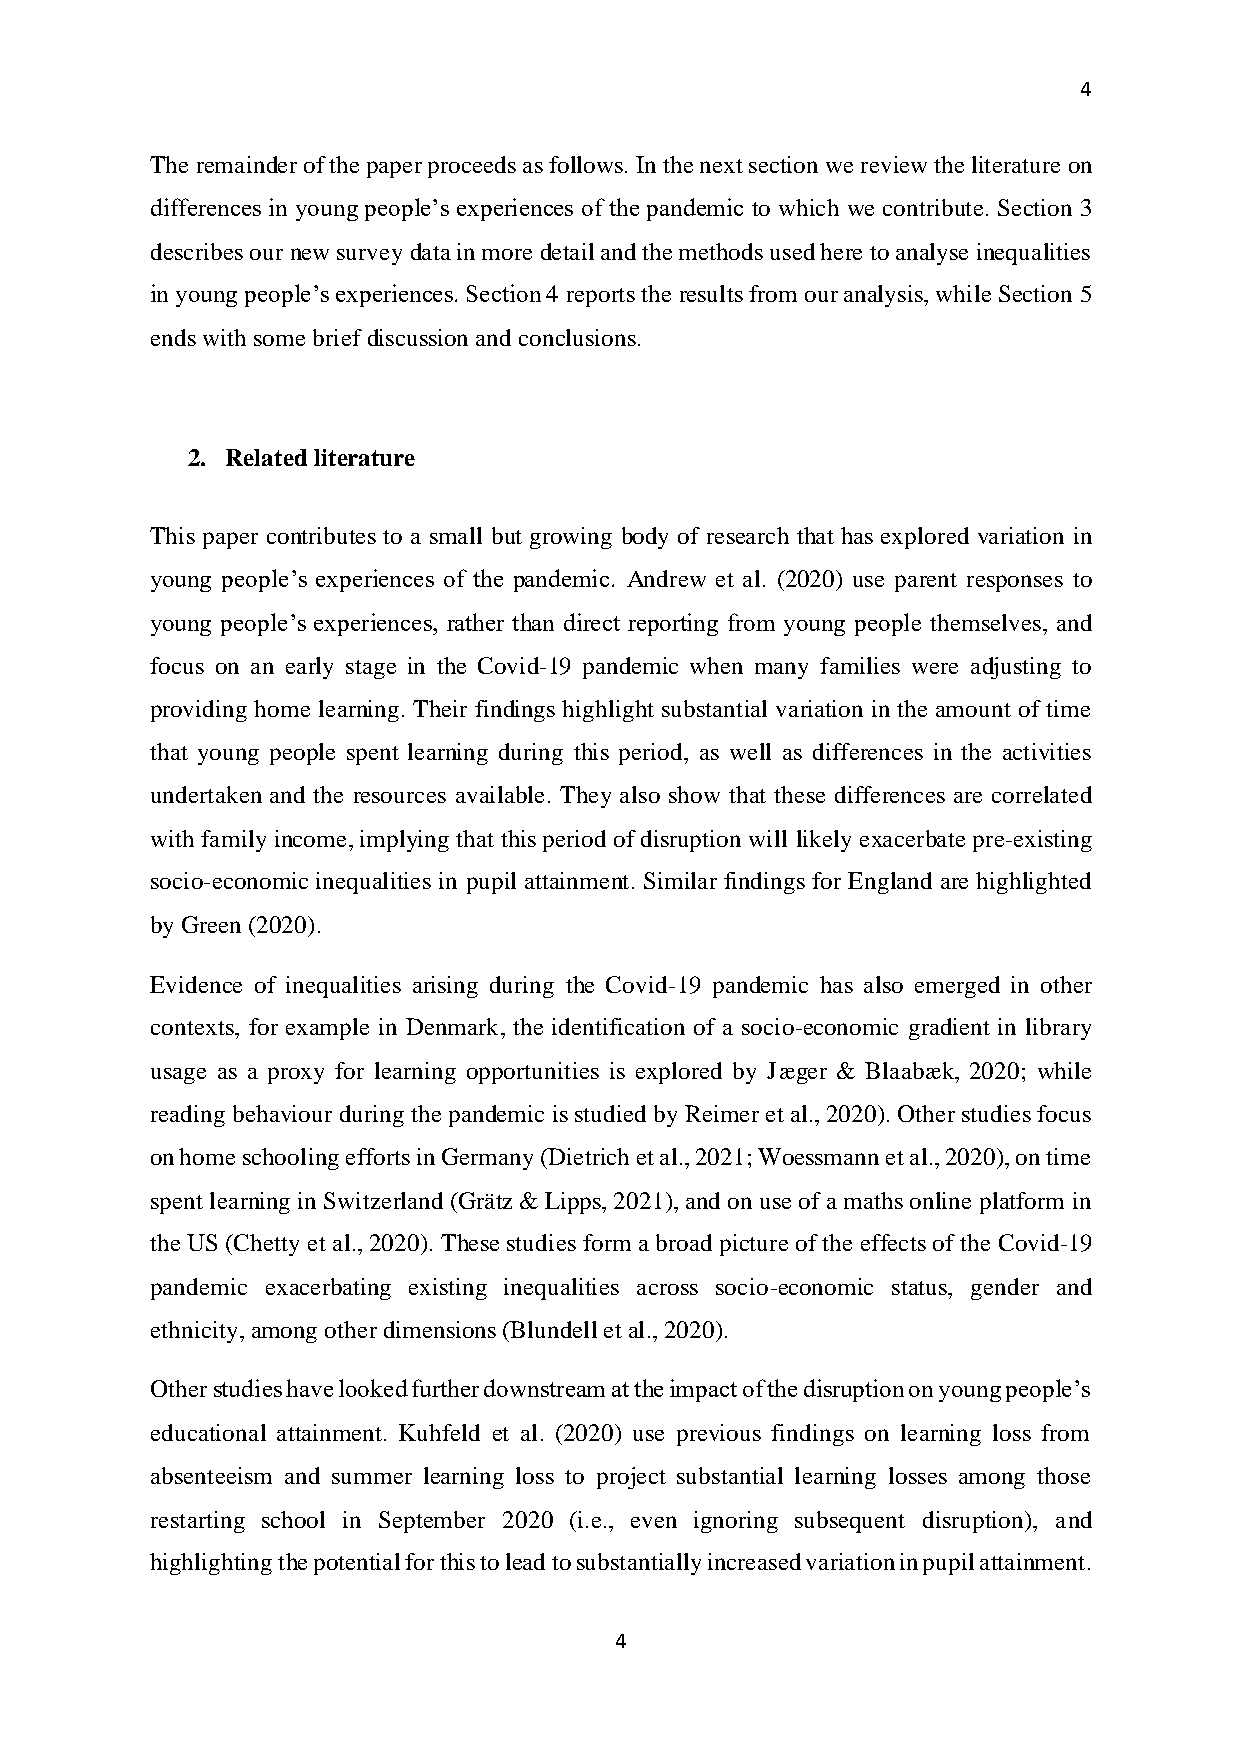
4
 The remainder of the paper proceeds as follows. In the next section we review the literature on
 differences in young people’s experiences of the pandemic to which we contribute. Section 3
 describes our new survey data in more detail and the methods used here to analyse inequalities
 in young people’s experiences. Section 4 reports the results from our analysis, while Section 5
 ends with some brief discussion and conclusions.
 2. Related literature
 This paper contributes to a small but growing body of research that has explored variation in
 young people’s experiences of the pandemic. Andrew et al. (2020) use parent responses to
 young people’s experiences, rather than direct reporting from young people themselves, and
 focus on an early stage in the Covid-19 pandemic when many families were adjusting to
 providing home learning. Their findings highlight substantial variation in the amount of time
 that young people spent learning during this period, as well as differences in the activities
 undertaken and the resources available. They also show that these differences are correlated
 with family income, implying that this period of disruption will likely exacerbate pre-existing
 socio-economic inequalities in pupil attainment. Similar findings for England are highlighted
 by Green (2020).
 Evidence of inequalities arising during the Covid-19 pandemic has also emerged in other
 contexts, for example in Denmark, the identification of a socio-economic gradient in library
 usage as a proxy for learning opportunities is explored by Jæger & Blaabæk, 2020; while
 reading behaviour during the pandemic is studied by Reimer et al., 2020). Other studies focus
 on home schooling efforts in Germany (Dietrich et al., 2021; Woessmann et al., 2020), on time
 spent learning in Switzerland (Grätz & Lipps, 2021), and on use of a maths online platform in
 the US (Chetty et al., 2020). These studies form a broad picture of the effects of the Covid-19
 pandemic exacerbating existing inequalities across socio-economic status, gender and
 ethnicity, among other dimensions (Blundell et al., 2020).
 Other studies have looked further downstream at the impact of the disruption on young people’s
 educational attainment. Kuhfeld et al. (2020) use previous findings on learning loss from
 absenteeism and summer learning loss to project substantial learning losses among those
 restarting school in September 2020 (i.e., even ignoring subsequent disruption), and
 highlighting the potential for this to lead to substantially increased variation in pupil attainment.
 4